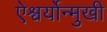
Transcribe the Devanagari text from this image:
ऐश्वर्योन्मुखी